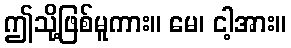
ဤသို့ဖြစ်မူကား။ မေ၊ ငါ့အား။